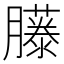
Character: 𦢘